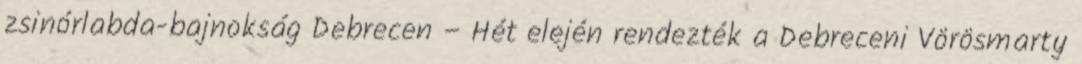
zsinórlabda-bajnokság Debrecen – Hét elején rendezték a Debreceni Vörösmarty